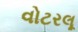
વોટરલૂ